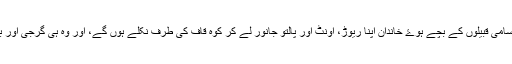
اس لئے یہ مانا جا سکتا ہے کہ سامی قبیلوں کے بچے ہوۓ خاندان اپنا ریوڑ، اونٹ اور پالتو جانور لے کر کوہ قاف کی طرف نکلے ہوں گے، اور وہ ہی گرجی اور بعد میں گوجر کہلواۓ ہوں گے”۔